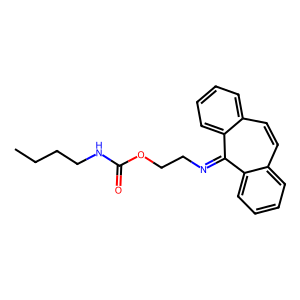
SMILES: CCCCNC(=O)OCCN=c1c2ccccc2ccc2ccccc12
Inhibits HIV replication: No